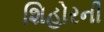
શિહોરની